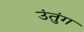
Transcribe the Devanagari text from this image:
उंतुंग